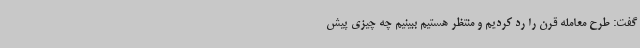
گفت: طرح معامله قرن را رد کردیم و منتظر هستیم ببینیم چه چیزی پیش